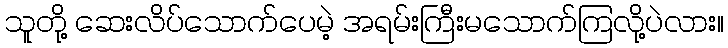
သူတို့ ဆေးလိပ်သောက်ပေမဲ့ အရမ်းကြီးမသောက်ကြလို့ပဲလား။